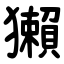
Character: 獺